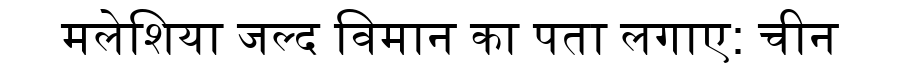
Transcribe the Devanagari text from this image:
मलेशिया जल्द विमान का पता लगाए: चीन